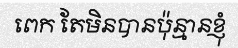
ពេក តែមិនបានប៉ុន្មានខ្ញុំ